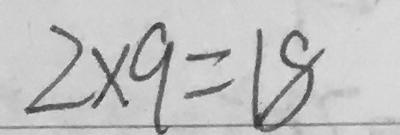
2 \times 9 = 1 8